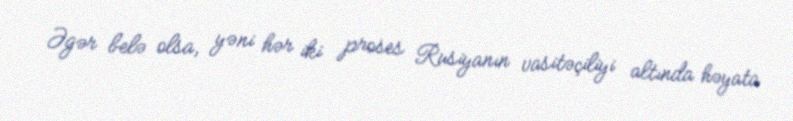
Əgər belə olsa, yəni hər iki proses Rusiyanın vasitəçiliyi altında həyata